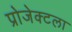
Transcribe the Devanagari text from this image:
प्रोजेक्टला